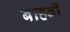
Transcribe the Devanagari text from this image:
बाहवीं